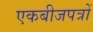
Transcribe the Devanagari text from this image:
एकबीजपत्रों